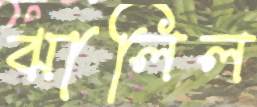
ঝালিল